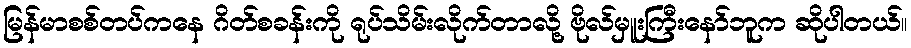
မြန်မာစစ်တပ်ကနေ ဂိတ်စခန်းကို ရုပ်သိမ်းလိုက်တာလို့ ဗိုလ်မှူးကြီးနော်ဘူက ဆိုပါတယ်။